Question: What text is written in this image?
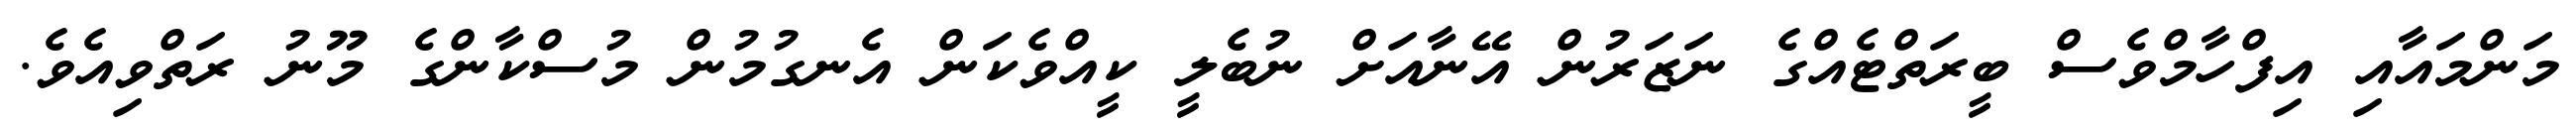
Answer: މަންމައާއި އިފްހާމްވެސް ބީރަތްޓެއްގެ ނަޒަރުން އޭނާއަށް ނުބެލީ ކީއްވެކަން އެނގުމުން މުސްކާންގެ މޫނު ރަތްވިއެވެ.